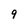
Character: 9